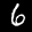
Label: 6